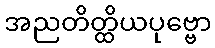
အညတိတ္ထိယပုဗ္ဗော